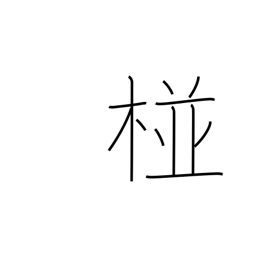
Meaning: name of a place in India